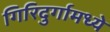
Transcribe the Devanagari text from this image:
गिरिदुर्गामध्ये